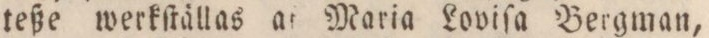
teße werkſtällas af Maria Loviſa Bergman,